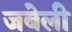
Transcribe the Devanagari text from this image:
जबेली